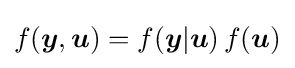
f({\boldsymbol {y}},{\boldsymbol {u}})=f({\boldsymbol {y}}|{\boldsymbol {u}})\,f({\boldsymbol {u}})